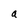
Character: a